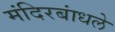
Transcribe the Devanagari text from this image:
मंदिरबांधले